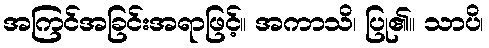
အကြင်အခြင်းအရာဖြင့်။ အကာသိ၊ ပြု၏။ သာပိ၊